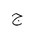
Letter: _gim